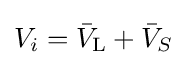
V_{i}={\bar {V}}_{\text{L}}+{\bar {V}}_{S}